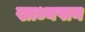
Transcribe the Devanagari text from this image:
खाध्यपान